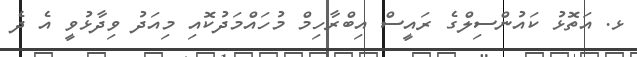
ޅ. އަތޮޅު ކައުންސިލްގެ ރައީސް އިބްރާހިމް މުހައްމަދުކޮއި މިއަދު ވިދާޅުވީ އެ ދެ